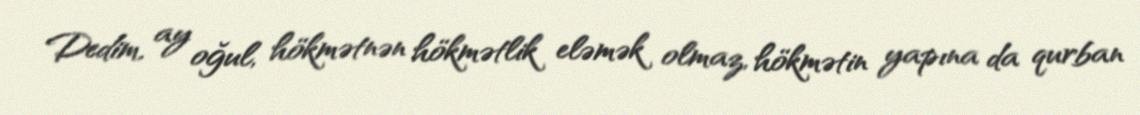
Dedim, ay oğul, hökmətnən hökmətlik eləmək olmaz, hökmətin yapına da qurban